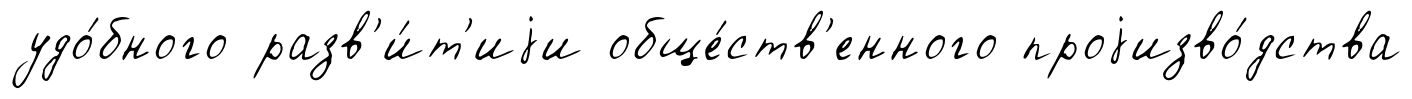
удо́бного разв'и́т'иjи обще́ств'енного проjизво́дства